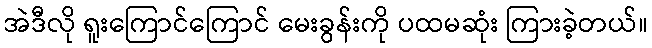
အဲဒီလို ရူးကြောင်ကြောင် မေးခွန်းကို ပထမဆုံး ကြားခဲ့တယ်။